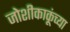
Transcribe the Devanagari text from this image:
जोशीकाकूंच्या